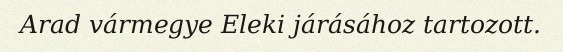
Arad vármegye Eleki járásához tartozott.